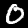
Label: 0